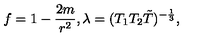
f = 1 - { \frac { 2 m } { r ^ { 2 } } } , \lambda = ( T _ { 1 } T _ { 2 } \tilde { T } ) ^ { - { \frac { 1 } { 3 } } } ,